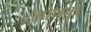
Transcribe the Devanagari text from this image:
।जोधपुर